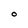
Character: O